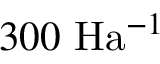
3 0 0 \ \mathrm { H a } ^ { - 1 }